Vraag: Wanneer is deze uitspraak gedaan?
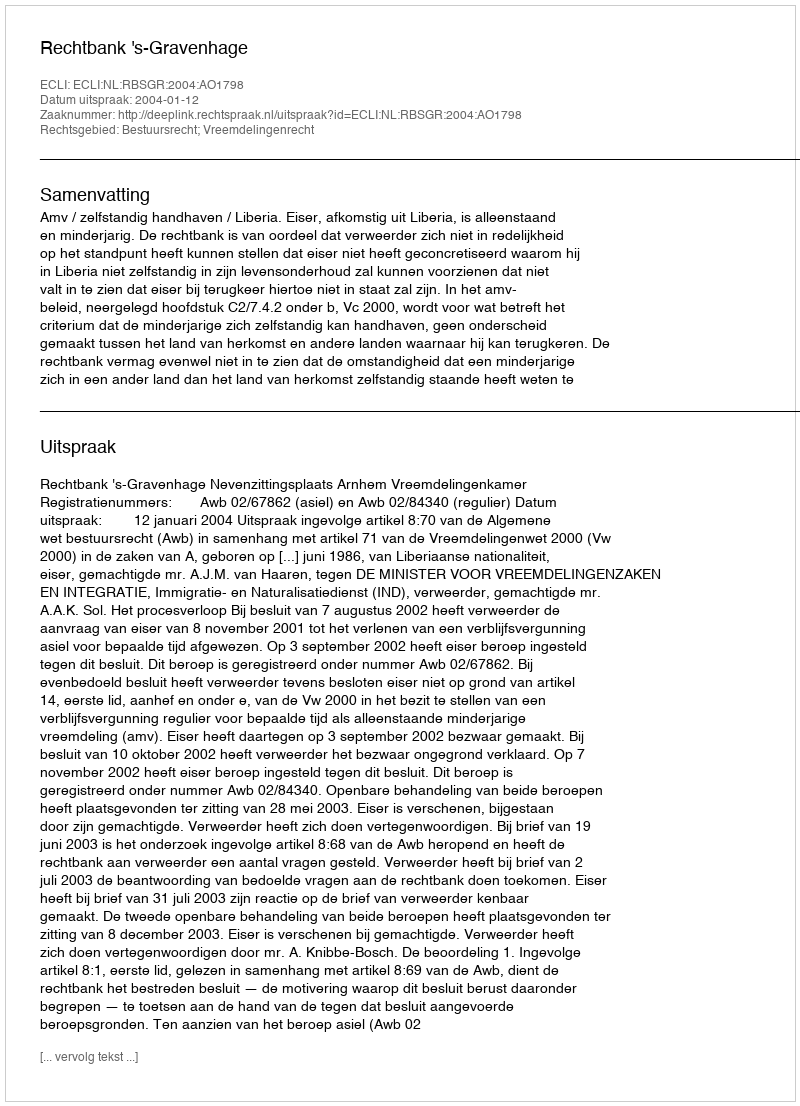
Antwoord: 2004-01-12